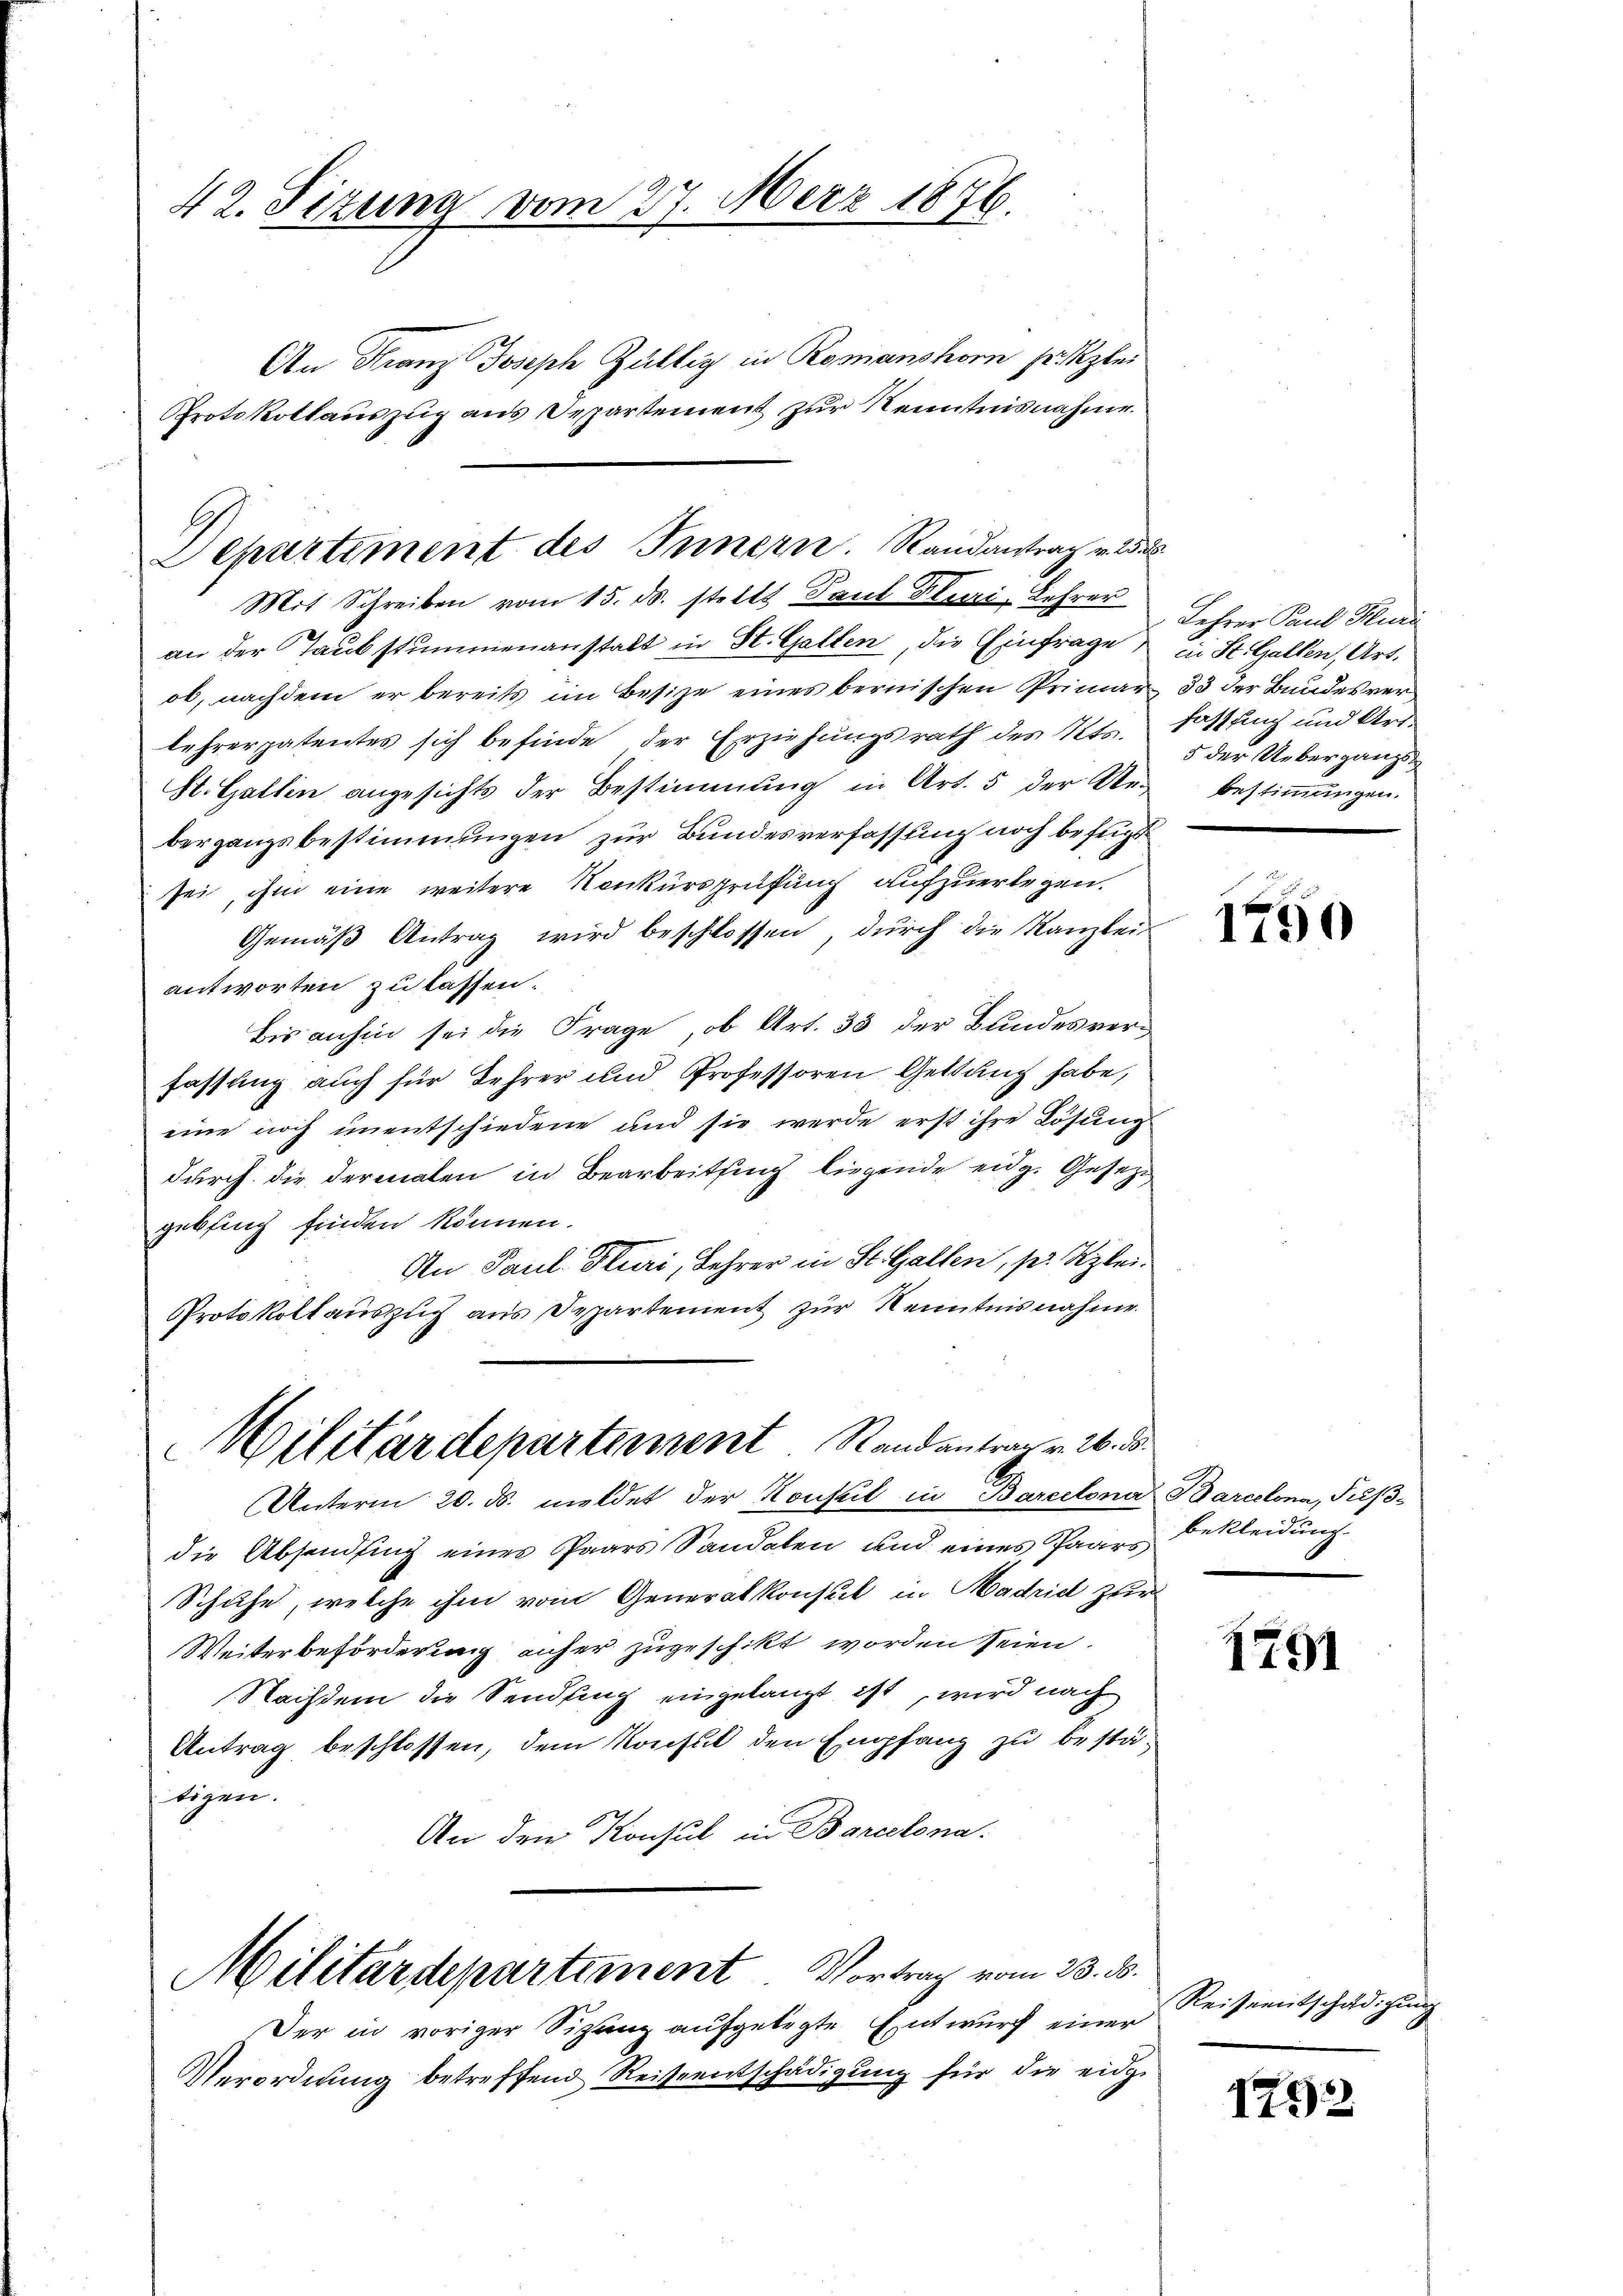
42. Sizung vom 27. März 1876.

Mit Schreiben vom 15. ds. stellt Paul Kluri-Lehrer
an der Taubstummenanstalt in St. Gallen, die Einfrage
ob, nachdem er bereits im Besize eines bernischen Primar
lehrerpatentes sich befinde der Erziehungsrath des Kts.
St. Gallen angesichts der Bestimmung in Art. 5 der Ue-
bergangsbestimmungen zur Bundesverfassung noch befugt
sei, ihm eine weitere Konkursprüfung aufzuerlegen.
Gemäß Antrag wird beschlossen, durch die Kanzlei-
antworten zu lassen.
bis anhin sei die Frage, ob Art. 33 der Bundesverfassung auch für Lehrer und Professoren Geltung habe,
eine noch unentschiedene und sie werde erst ihre Lösung
durch die dermalen in Bearbeitung liegende eidg. Gesetze
gebsing finden können.
An Paul Sturi, Lehrer in St. Gallen, pr Kzlei.
Protokollauszug aus Departement zur Kenntnisnahme
Militärdepartement Randantrag v. 26. d.
C
Unterm 20. ds. mildet der Konsul in Barcelona
die Absendsing eines Paars Sandalen und eines Paars
Schuhe, welche ihm vom Generalkonsul in Madrid zur
Weiterbeförderung anher zugeschikt worden seien.
Nachdem die Sendling eingelangt ist, wird nach
Antrag beschlossen, dem Konsul den Empfang zu bestätigen.
An den Konsul in Barcelona.
Militärdepartement Vortrag vom 28. ds.
Der in voriger Sizanz aufgelegte Entwurf einer
Verordnung betreffend Reiseentschädigung für die eidge

An Franz Joseph Gültig in Romanshorn sr Kzlei
Protokollauszug aus Departement zur Kenntnisnahme.
Departiment des Innern. Randantrag v. 23.

Lehrer Paul Kluri
ei St. Gallen, Art.
83 der Bundesverfassung und Art.
5 der Uebergangs
bestimmungen.

1790

Barcelona, Pas-
bekleidung.

1791

Reiseentschädigung

1752